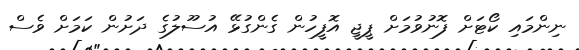
ނިންމައި ކޯޓަށް ފޮނުވުމަށް ޕީޖީ އޮފީހުން ގެންގުޅޭ އުސޫލުގެ ދަށުން ކަމަށް ވެސް